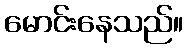
မောင်းနေသည်။